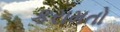
કરામતો